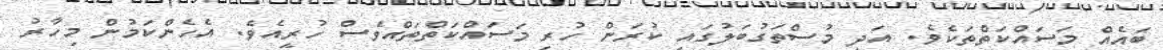
ބައެއް މަސައްކަތްތަކެވެ. އަދި މުސްތަގުބަލުގައި ކުރަން ހުރި މަސައްކަތްތައްވެސް ހުރީއެވެ. އެހެންކަމުން މިހާރު